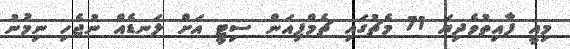
މިއީ ފާއިތުވެދިޔަ 71 މެޗުގައި ޗެމްޕިއަން ސިޓީ އަށް ލަނޑެއް ނުޖެހި ނިމުނު